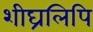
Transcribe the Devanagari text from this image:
शीघ्रलिपि